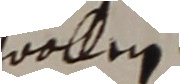
wollen.